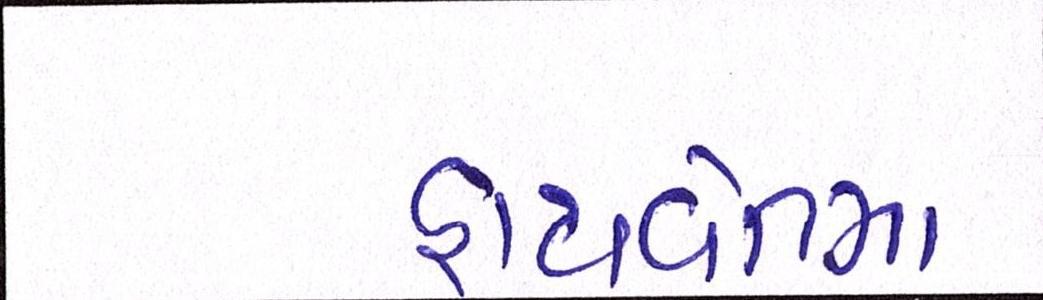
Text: હાથવેતમા